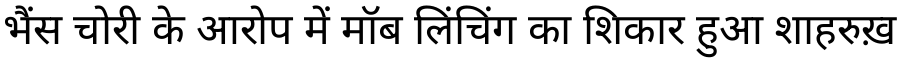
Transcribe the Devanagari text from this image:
भैंस चोरी के आरोप में मॉब लिंचिंग का शिकार हुआ शाहरुख़